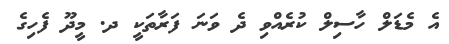
އެ މެޑަލް ހާސިލް ކުރެއްވި ދެ ވަނަ ފަރާތަކީ ދ. މީދޫ ފެހިގެ